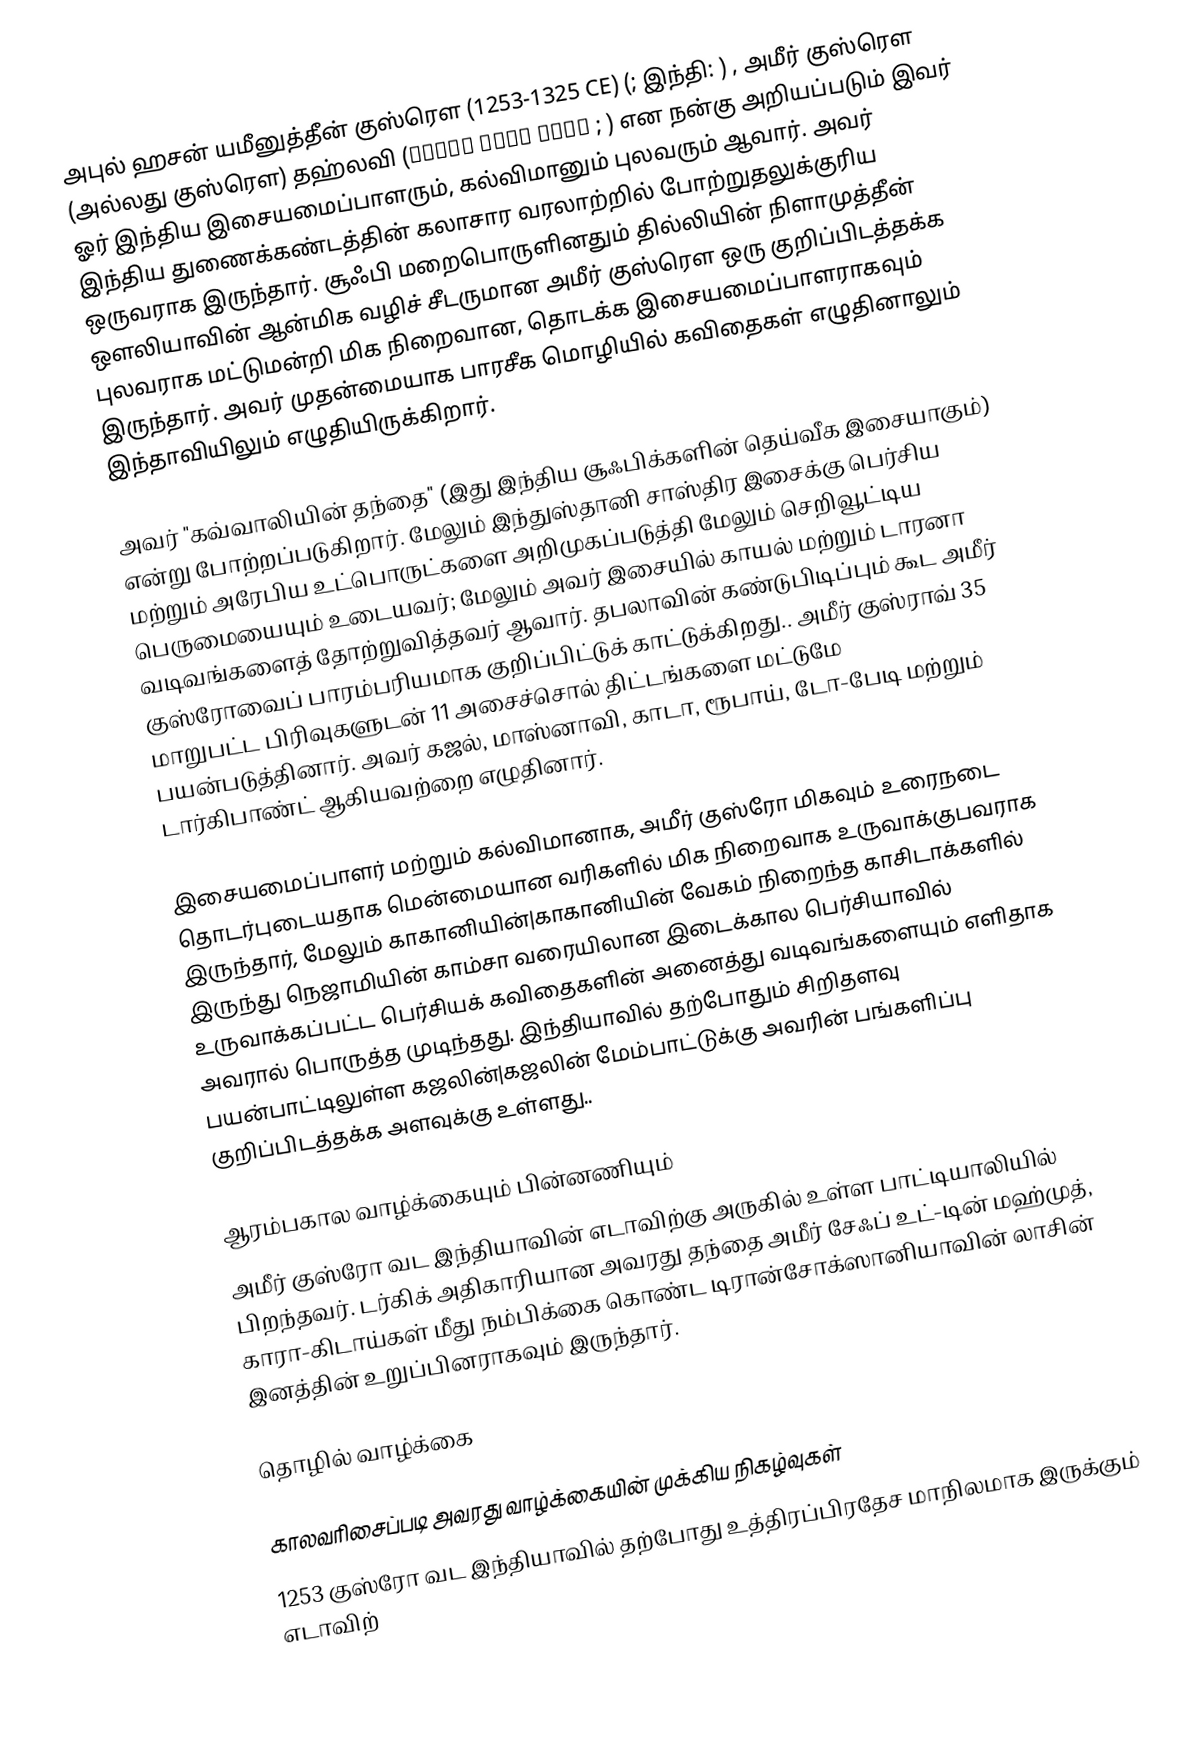
அபுல் ஹசன் யமீனுத்தீன் குஸ்ரௌ  (1253-1325 CE) (; இந்தி:  ) , அமீர் குஸ்ரௌ (அல்லது குஸ்ரௌ) தஹ்லவி  (امیر خسرو دہلوی ;  ) என நன்கு அறியப்படும் இவர் ஓர் இந்திய இசையமைப்பாளரும், கல்விமானும் புலவரும் ஆவார். அவர் இந்திய துணைக்கண்டத்தின் கலாசார வரலாற்றில் போற்றுதலுக்குரிய ஒருவராக இருந்தார். சூஃபி மறைபொருளினதும் தில்லியின் நிளாமுத்தீன் ஔலியாவின் ஆன்மிக வழிச் சீடருமான அமீர் குஸ்ரௌ ஒரு குறிப்பிடத்தக்க புலவராக மட்டுமன்றி மிக நிறைவான, தொடக்க இசையமைப்பாளராகவும் இருந்தார். அவர் முதன்மையாக பாரசீக மொழியில் கவிதைகள் எழுதினாலும் இந்தாவியிலும் எழுதியிருக்கிறார்.

அவர் "கவ்வாலியின் தந்தை" (இது இந்திய சூஃபிக்களின் தெய்வீக இசையாகும்) என்று போற்றப்படுகிறார். மேலும் இந்துஸ்தானி சாஸ்திர இசைக்கு பெர்சிய மற்றும் அரேபிய உட்பொருட்களை அறிமுகப்படுத்தி மேலும் செறிவூட்டிய பெருமையையும் உடையவர்; மேலும் அவர் இசையில் காயல் மற்றும் டாரனா வடிவங்களைத் தோற்றுவித்தவர் ஆவார். தபலாவின் கண்டுபிடிப்பும் கூட அமீர் குஸ்ரோவைப் பாரம்பரியமாக குறிப்பிட்டுக் காட்டுக்கிறது.. அமீர் குஸ்ராவ் 35 மாறுபட்ட பிரிவுகளுடன் 11 அசைச்சொல் திட்டங்களை மட்டுமே பயன்படுத்தினார். அவர் கஜல், மாஸ்னாவி, காடா, ரூபாய், டோ-பேடி மற்றும் டார்கிபாண்ட் ஆகியவற்றை எழுதினார்.

இசையமைப்பாளர் மற்றும் கல்விமானாக, அமீர் குஸ்ரோ மிகவும் உரைநடை தொடர்புடையதாக மென்மையான வரிகளில் மிக நிறைவாக உருவாக்குபவராக இருந்தார், மேலும் காகானியின்|காகானியின் வேகம் நிறைந்த காசிடாக்களில் இருந்து நெஜாமியின் காம்சா  வரையிலான இடைக்கால பெர்சியாவில் உருவாக்கப்பட்ட பெர்சியக் கவிதைகளின் அனைத்து வடிவங்களையும் எளிதாக அவரால் பொருத்த முடிந்தது. இந்தியாவில் தற்போதும் சிறிதளவு பயன்பாட்டிலுள்ள கஜலின்|கஜலின் மேம்பாட்டுக்கு அவரின் பங்களிப்பு குறிப்பிடத்தக்க அளவுக்கு உள்ளது..

ஆரம்பகால வாழ்க்கையும் பின்னணியும்
அமீர் குஸ்ரோ வட இந்தியாவின் எடாவிற்கு அருகில் உள்ள பாட்டியாலியில் பிறந்தவர். டர்கிக் அதிகாரியான அவரது தந்தை அமீர் சேஃப் உட்-டின் மஹ்முத், காரா-கிடாய்கள் மீது நம்பிக்கை கொண்ட டிரான்சோக்ஸானியாவின் லாசின் இனத்தின் உறுப்பினராகவும் இருந்தார்.

தொழில் வாழ்க்கை

காலவரிசைப்படி அவரது வாழ்க்கையின் முக்கிய நிகழ்வுகள்
 1253 குஸ்ரோ வட இந்தியாவில் தற்போது உத்திரப்பிரதேச மாநிலமாக இருக்கும் எடாவிற்